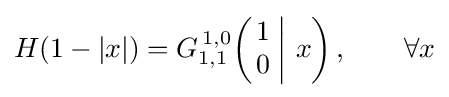
H(1-|x|)=G_{1,1}^{\,1,0}\!\left(\left.{\begin{matrix}1\\0\end{matrix}}\;\right|\,x\right),\qquad \forall x